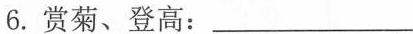
6. 赏菊、登高：___